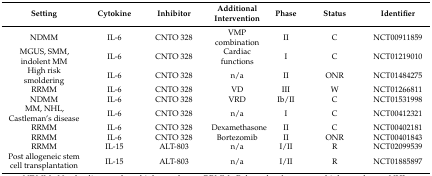
| Setting | Cytokine | Inhibitor | Additional Intervention | Phase | Status | Identifier |
 | --- | --- | --- | --- | --- | --- | --- |
 | NDMM | IL-6 | CNTO 328 | VMP combination | II | C | NCT00911859 |
 | MGUS, SMM, indolent MM | IL-6 | CNTO 328 | Cardiac functions | I | C | NCT01219010 |
 | High risk smoldering | IL-6 | CNTO 328 | n/a | II | ONR | NCT01484275 |
 | RRMM | IL-6 | CNTO 328 | VD | III | W | NCT01266811 |
 | NDMM | IL-6 | CNTO 328 | VRD | Ib/II | C | NCT01531998 |
 | MM, NHL, Castleman’s disease | IL-6 | CNTO 328 | n/a | I | C | NCT00412321 |
 | RRMM | IL-6 | CNTO 328 | Dexamethasone | II | C | NCT00402181 |
 | RRMM | IL-6 | CNTO 328 | Bortezomib | II | ONR | NCT00401843 |
 | RRMM | IL-15 | ALT-803 | n/a | I/II | R | NCT02099539 |
 | Post allogeneic stem cell transplantation | IL-15 | ALT-803 | n/a | I/II | R | NCT01885897 |